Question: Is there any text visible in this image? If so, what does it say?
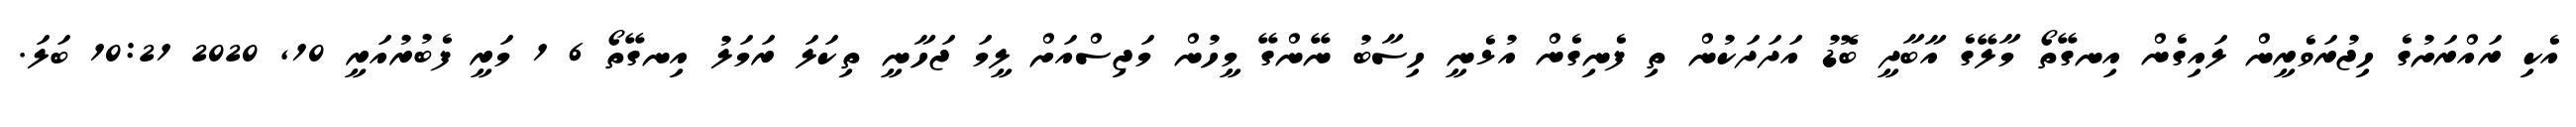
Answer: އެކި ރައްރަށުގެ ހިޖުރަވެރީން ލައިގެން އިނގޭތޯ މާލޭގެ އާބާދީ ބޮޑު އަދަދަކުން ތި ފެނިގެން އުޅެނީ ހިސާބު ނޭންގޭ މީހުން މަޖިސްއަށް ލީމަ ޖަހާނީ ތިކަލަ ރަމަލު އިނގޭތޯ 6 1 މަރީ ފެބުރުއަރީ 10, 2020 10:21 ބަލަ.